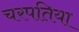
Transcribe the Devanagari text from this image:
चरपतिया